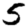
Digit: 5